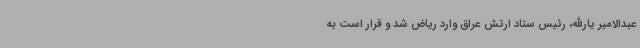
عبدالامیر یارالله، رئیس ستاد ارتش عراق وارد ریاض شد و قرار است به